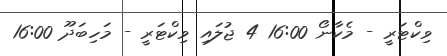
ވިކްޓަރީ - މެކާނޯ 16:00 4 ޖުލައި ވިކްޓަރީ - މަހިބަދޫ 16:00